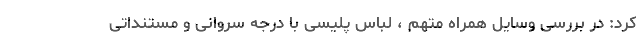
کرد: در بررسی وسایل همراه متهم ، لباس پلیسی با درجه سروانی و مستنداتی